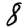
Digit: 8